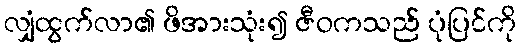
လျှံထွက်လာ၏ ဖိအားသုံး၍ ဇီဝကသည် ပုံပြင်ကို